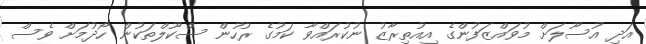
އަދި އުސޫލަށް މުވައްޒަފުންގެ އިއުތިރާޒު ނުކުރައްވާ ކަމުގެ ރުހުން ސްކޫލްތަކުން ހޯދުމަށް ވެސް